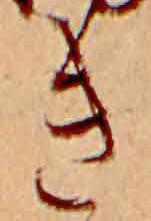
き